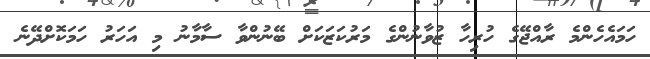
ހަމައެހެންމެ ރާއްޖޭގެ ހުރިހާ ޒުވާނުންގެ މަރުކަޒަކަށް ބޭނުންވާ ސާމާނު މި އަހަރު ހަމަކޮށްދޭނެ